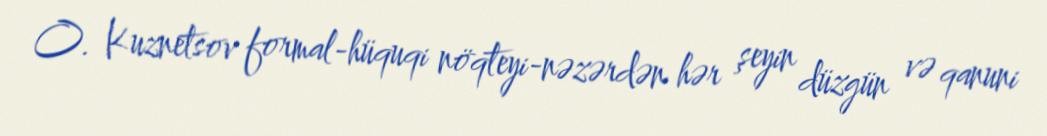
O. Kuznetsov formal-hüquqi nöqteyi-nəzərdən hər şeyin düzgün və qanuni